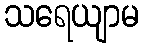
သရေယျာမ